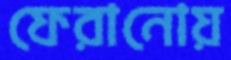
ফেরানোয়